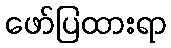
ဖော်ပြထားရာ